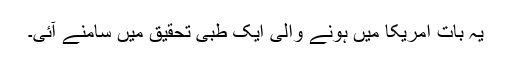
یہ بات امریکا میں ہونے والی ایک طبی تحقیق میں سامنے آئی۔